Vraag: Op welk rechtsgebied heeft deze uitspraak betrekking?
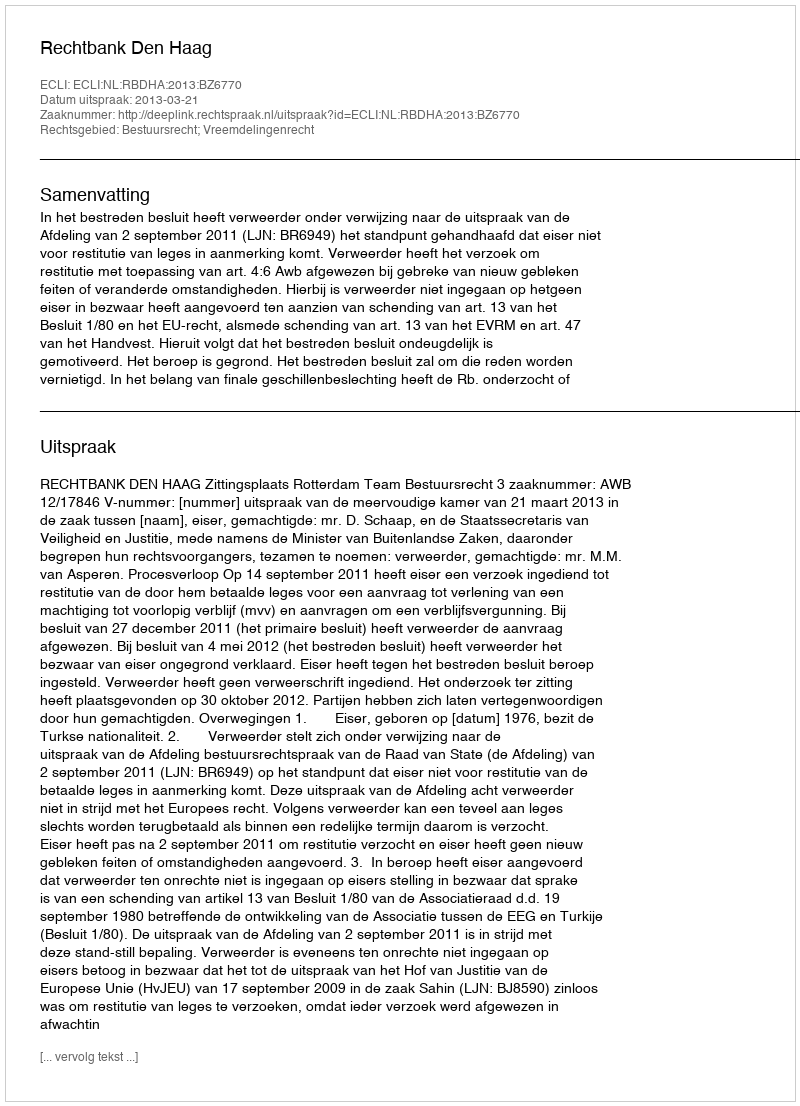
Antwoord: Bestuursrecht; Vreemdelingenrecht